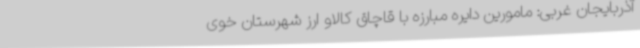
آذربایجان غربی: مامورین دایره مبارزه با قاچاق کالاو ارز شهرستان خوی